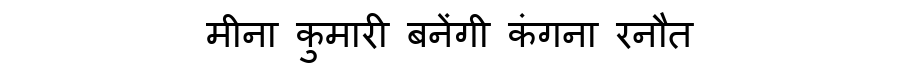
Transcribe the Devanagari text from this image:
मीना कुमारी बनेंगी कंगना रनौत